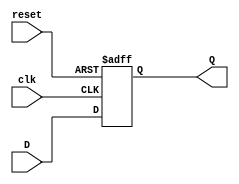
module dflip_flop(

input clk,
input reset,
input D,
output reg Q
);

always@(posedge clk or negedge reset)
begin
	if(!reset)
		Q <= 0;
	else
		Q <= D;
end
endmodule